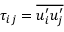
\tau _ { i j } = \overline { { u _ { i } ^ { \prime } u _ { j } ^ { \prime } } }